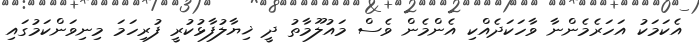
އެކަމަކު އަހަރެމެންނާ ވާހަކަދެއްކި އެންމެން ވެސް މައުލޫމާތު ދީ ޚިޔާލުފާޅުކުރީ ފުރިހަމަ މިނިވަންކަމުގައި